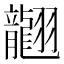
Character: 𦒮